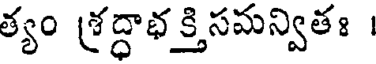
త్యం శ్రద్ధాభక్తిసమన్వితః